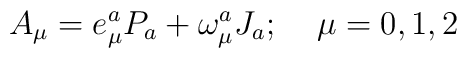
A_{\mu}=e^{a}_{\mu}P_{a}+\omega^{a}_{\mu}J_{a};\;\;\;\;\mu=0,1,2